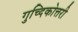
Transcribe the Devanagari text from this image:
गुच्दिकोत्तरी